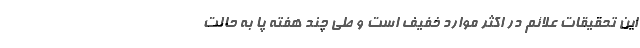
این تحقیقات علائم در اکثر موارد خفیف است و طی چند هفته پا به حالت